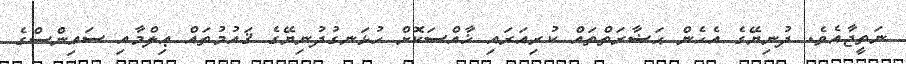
ނަތީޖާއެވެ. ދުނިޔޭގެ އެހެން ޙަޟާރަތްތައް ކުރިއަރައި ޚާއްސަކޮށް ހުޅަނގުދުނިޔޭގެ ޤައުމުތައް ޢިލްމާއި ސައިންސްގެ